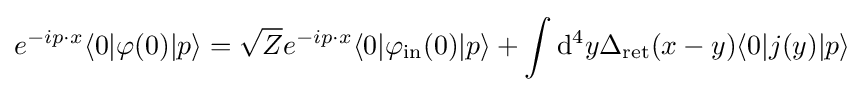
e^{-ip\cdot x}\langle 0|\varphi (0)|p\rangle ={\sqrt {Z}}e^{-ip\cdot x}\langle 0|\varphi _{\mathrm {in} }(0)|p\rangle +\int \mathrm {d} ^{4}y\Delta _{\mathrm {ret} }(x-y)\langle 0|j(y)|p\rangle